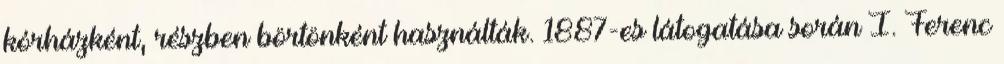
kórházként, részben börtönként használták. 1887-es látogatása során I. Ferenc